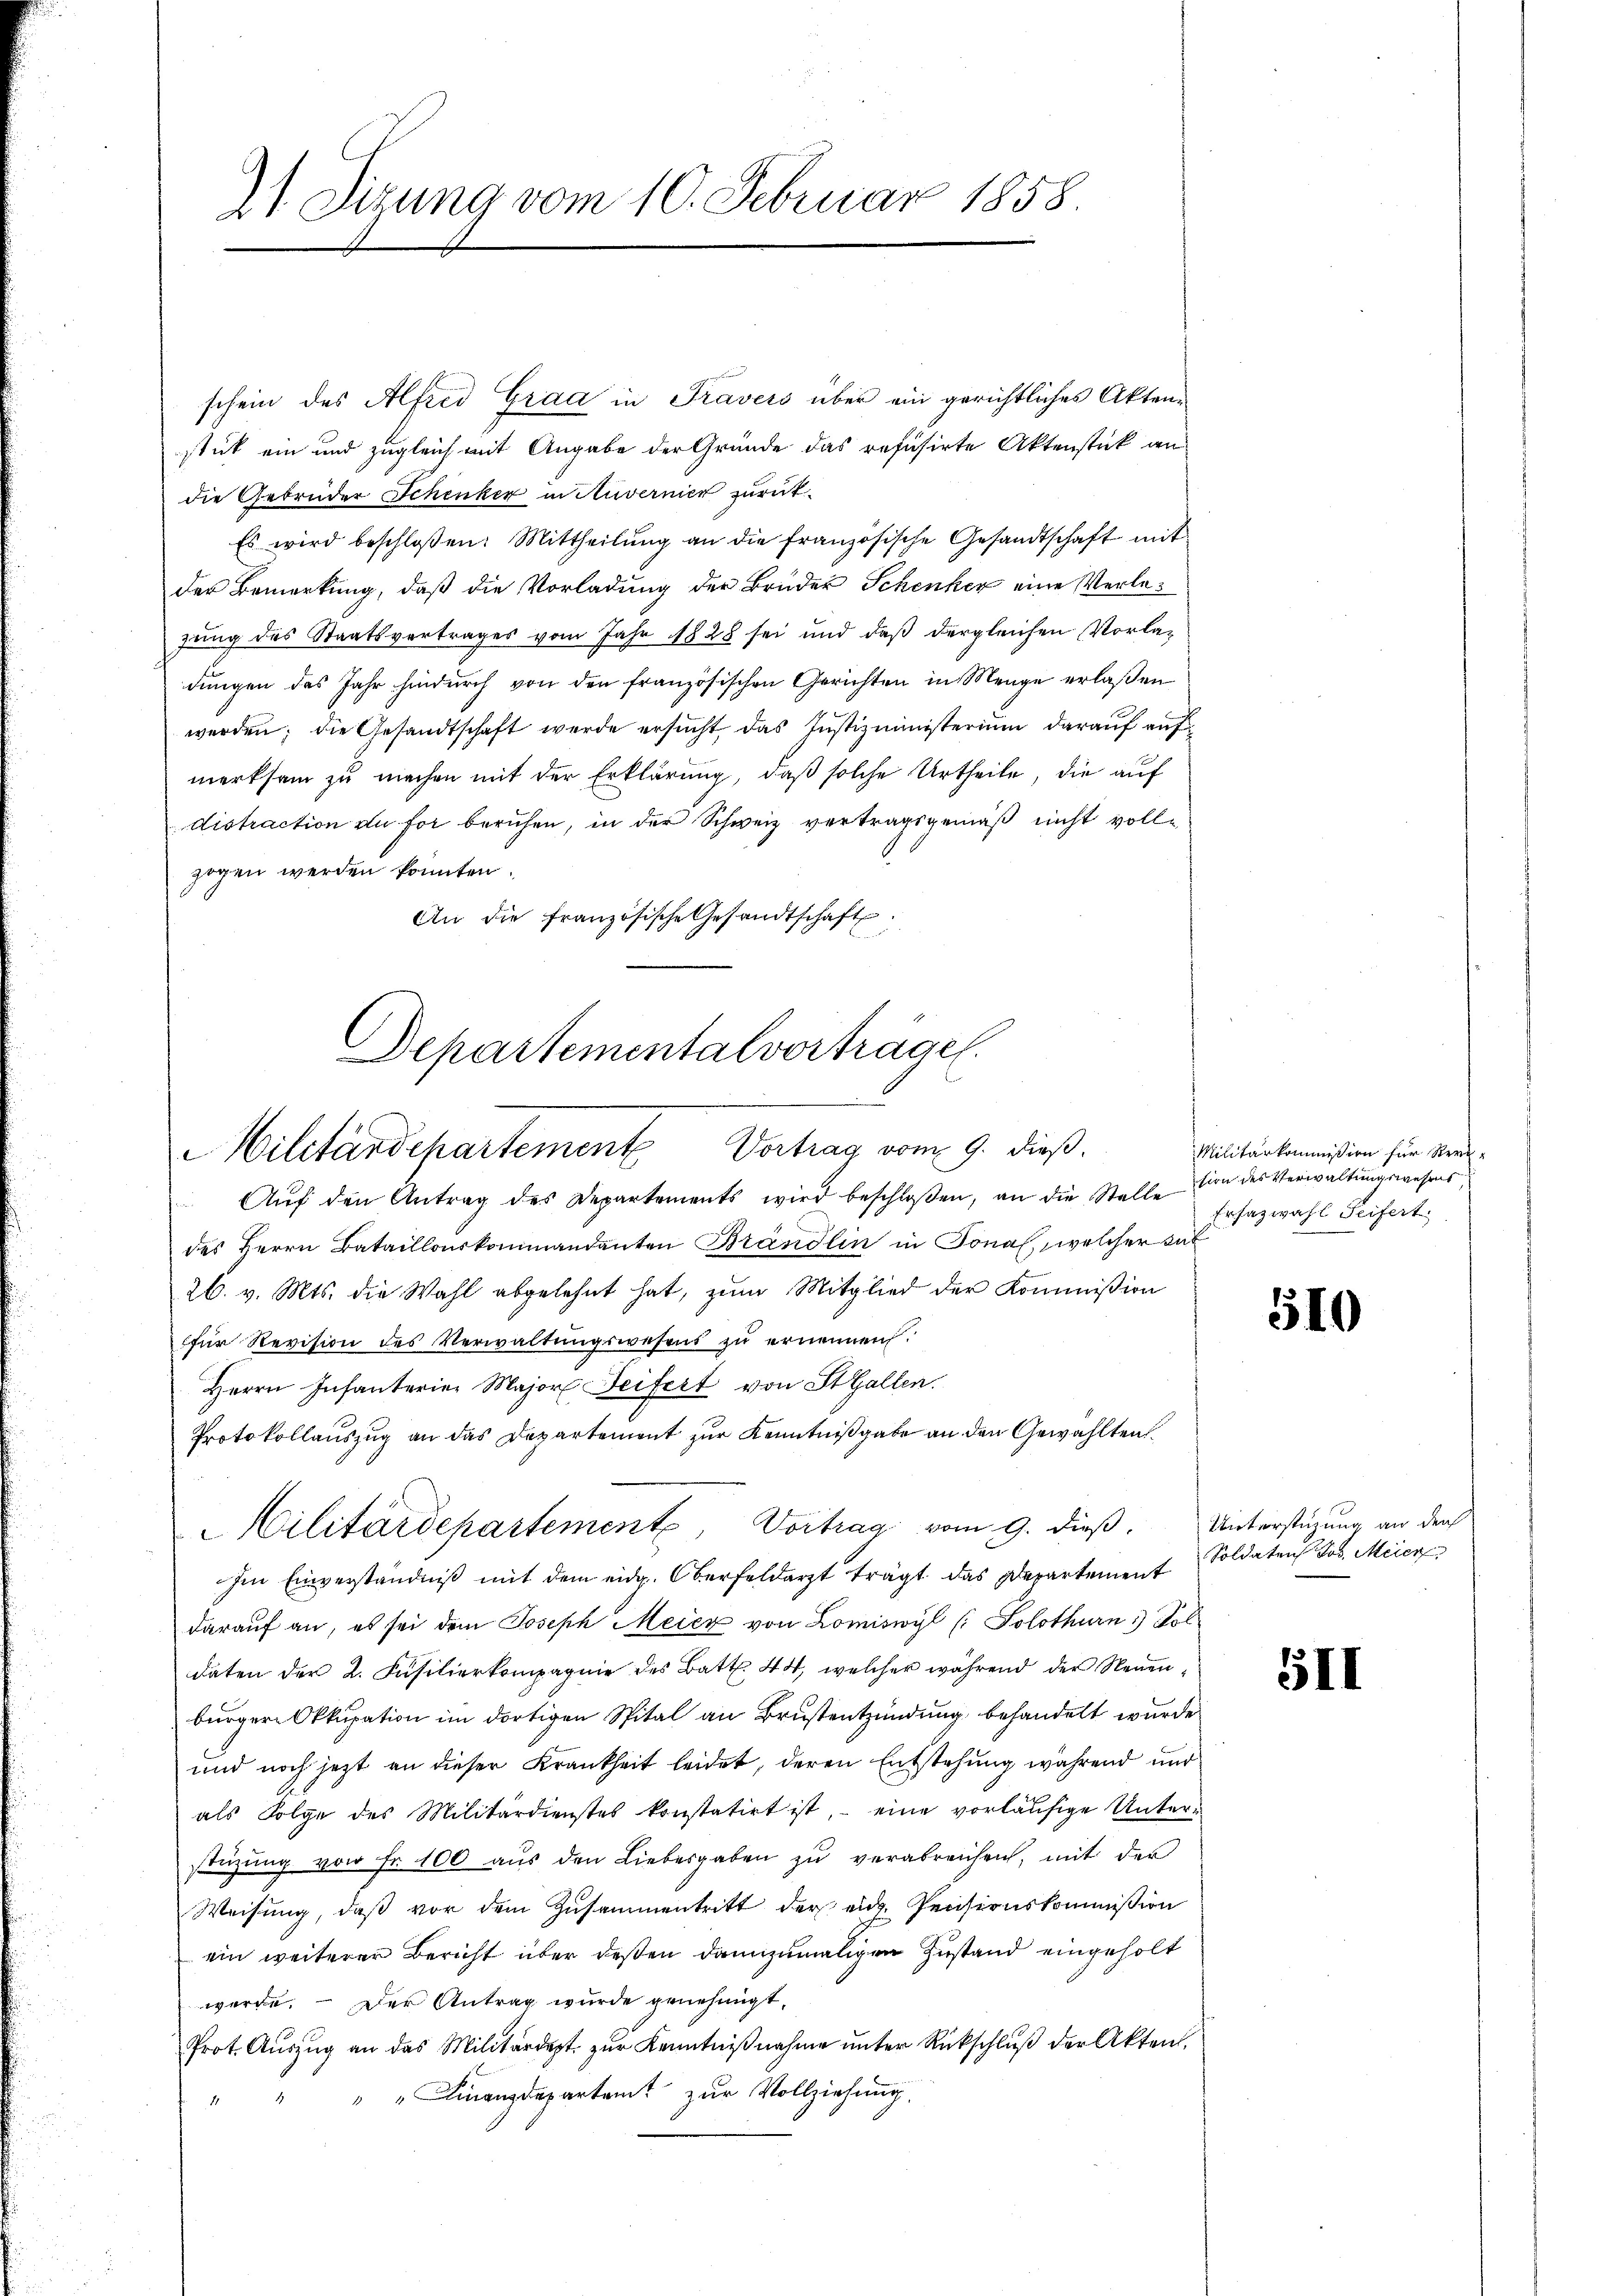
71 Sizung vom 10. Februar 1858.

schein des Alfred Grad in Travers über ein gerichtliches Aktenstück ein und zugleich mit Angabe der Gründe das refusirte Aktenstück an
die Gebrüder Schenker in Auvernier zurück¬
Es wird beschloßen: Mittheilŭng an die französische Gesandtschaft mit
der Bemerkung, daß die Vorladung der Bruder Schenker eine Verlezung des Staatsvertrages vom Jahr 1828 sei und daß dergleichen Vorladungen des Jahr hindurch von den französischen Gerichten in Menge erlaßen
werden; die Gesandtschaft werde ersucht, das Justizministerium darauf auf
merksam zu machen mit der Erklärung, daß solche Urtheile, die auf
distraction du for beruhen, in der Schweiz vertragsgemäß nicht vollzogen werden konnten.
An die französische Gesandtschaft

Departementalvorträge.
Militärdepartement Vertrag vom 9. dieß.

Militärdepartement, Vortrag vom 9. dieß. Unterstützung an der

Aŭf den Antrag des Departements wird beschloßen, an die Stelle
des Herrn Bataillonskommandanten Brändlin in Jonal, welcher sat
26. v. Mts. die Wahl abgelehnt hat, zum Mitglied der Kommission
für Revision des Verwaltŭngswesens zŭ ernennen.
Herrn Infanterier Major Feifert von StGallen.
Protokollauszug an das Departement zur Kenntnißgabe an den Gewählten.
Im Einverständniß mit dem eidg. Oberfeldarzt trägt das Departement
darauf an, es sei dem Joseph Meier von Lomiswyl (: Solothurn 1) Sol
daten der 2. Füsilierkompagnie des Batt. 44, welcher während der Neuenbürger Okkupation im dortigen Spital an Brustentzündung behandelt wurde
und noch jetzt an dieser Krankheit leidet, deren Entstehung während und
als Folge des Militärdienstes konstatirt ist, eine vorläufige Unterstüzung von Fr. 100 aŭs den Liebesgaben zŭ verabreichen, mit der
Weisung, daß vor dem Zusammentritt der eid. Pensionskommission
ein weiterer Bericht über deßen dannzumaligen Zustand eingeholt
werde. — Der Antrag wurde genehmigt,
Prot. Aŭszŭg an das Militärdept. zŭr Kenntniβnahme ŭnter Rückschlŭβ der Akten.
" " Finanzdepartamt zur Vollziehung.
4

Militärkommißion für Version des Verwaltungswesens
Ersazwahl Seifert

510

Soldaten Jos. Meier

5II